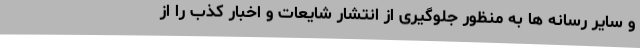
و سایر رسانه ها به منظور جلوگیری از انتشار شایعات و اخبار کذب را از